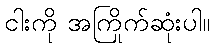
ငါးကို အကြိုက်ဆုံးပါ။